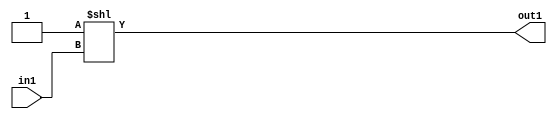
`timescale 1ps / 1ps
/*****************************************************************************
    Verilog RTL Description
    
    Generated at: 17:51:44 EST (-0500), Wednesday 18 November 2020
    Generated on: zhang-x1.ece.cornell.edu
    Generated by: jl3952 (Jie Liu)
    
    Created by: Stratus DpOpt 2017.1.02 
    Copyright (c) 2014-2015 Cadence Design Systems. All rights reserved worldwide.
    
    Cadence Design Systems proprietary and confidential
    ===================================================
    
    May contain information that incorporates Cadence Design Systems CellMath
    and other inventions claimed in Pending U.S. Patents.
    
    May contain Cadence Design Systems Trade Secrets of which use, disclosure or
    reproduction is contractually restricted or prohibited.  For more
    information, contact your legal department before any use, disclosure or
    reproduction.
*******************************************************************************/

module dut_DECODE_8U_3_4 (
	in1,
	out1
	); /* architecture "behavioural" */ 
input [2:0] in1;
output [7:0] out1;
wire [7:0] asc001;

assign asc001 = 8'B00000001 << in1;

assign out1 = asc001;
endmodule

/* CADENCE  urfyTQ8= : u9/ySgnYtBlWxVDRUQkU4ug= ** DO NOT EDIT THIS LINE ******/